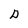
Character: D